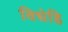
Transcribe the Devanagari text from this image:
विधेहि